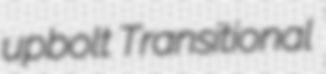
upbolt Transitional